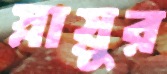
স্নায়ুর